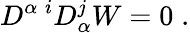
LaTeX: D^{\alpha\; i}D_{\alpha}^{j}W=0\; .